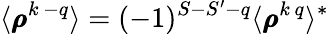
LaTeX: \langle\pmb{\rho}^{k\, -q}\rangle=(-1)^{S-S^{\prime}-q}\langle\pmb{\rho}^{k\, q}\rangle^{\ast}